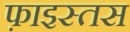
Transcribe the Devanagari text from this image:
फ़ाइस्तस